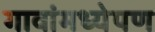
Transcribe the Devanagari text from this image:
गावांमध्येपण